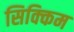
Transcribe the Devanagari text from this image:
सिक्‍िकम